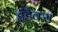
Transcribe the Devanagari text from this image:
इंडैक्स